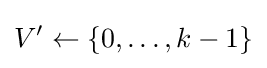
V'\gets \{0,\dots ,k-1\}